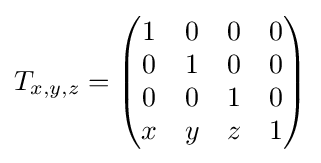
T_{x,y,z}={\begin{pmatrix}1&0&0&0\\0&1&0&0\\0&0&1&0\\x&y&z&1\end{pmatrix}}